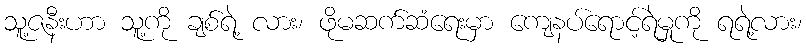
သူ့ဇနီးဟာ သူ့ကို ချစ်ရဲ့ လား၊ ဖိုမဆက်ဆံရေးမှာ ကျေနပ်ရောင့်ရဲမှုကို ရရဲ့လား၊